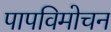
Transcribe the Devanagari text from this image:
पापविमोचन